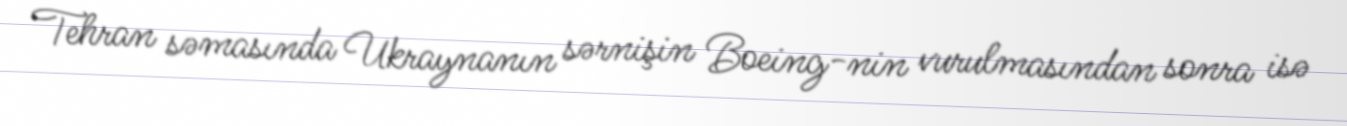
Tehran səmasında Ukraynanın sərnişin Boeing-nin vurulmasından sonra isə